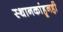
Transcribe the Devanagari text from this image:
स्थानकांहूनही